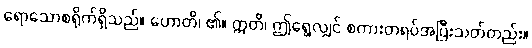
ရောသောစရိုက်ရှိသည်။ ဟောတိ၊ ၏။ ဣတိ၊ ဤရွေ့လျှင် စကားတရပ်အပြီးသတ်တည်း။